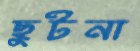
ছুটনা